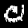
Digit: 0